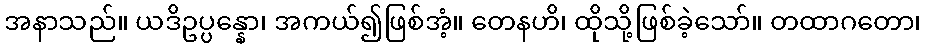
အနာသည်။ ယဒိဥပ္ပန္နော၊ အကယ်၍ဖြစ်အံ့။ တေနဟိ၊ ထိုသို့ဖြစ်ခဲ့သော်။ တထာဂတော၊